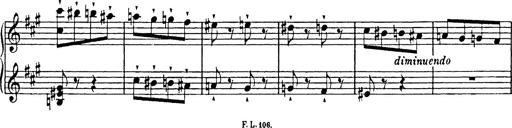
Title: Mephisto Polka
Composer: Franz Liszt